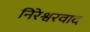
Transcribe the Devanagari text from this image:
निरेश्वरवाद